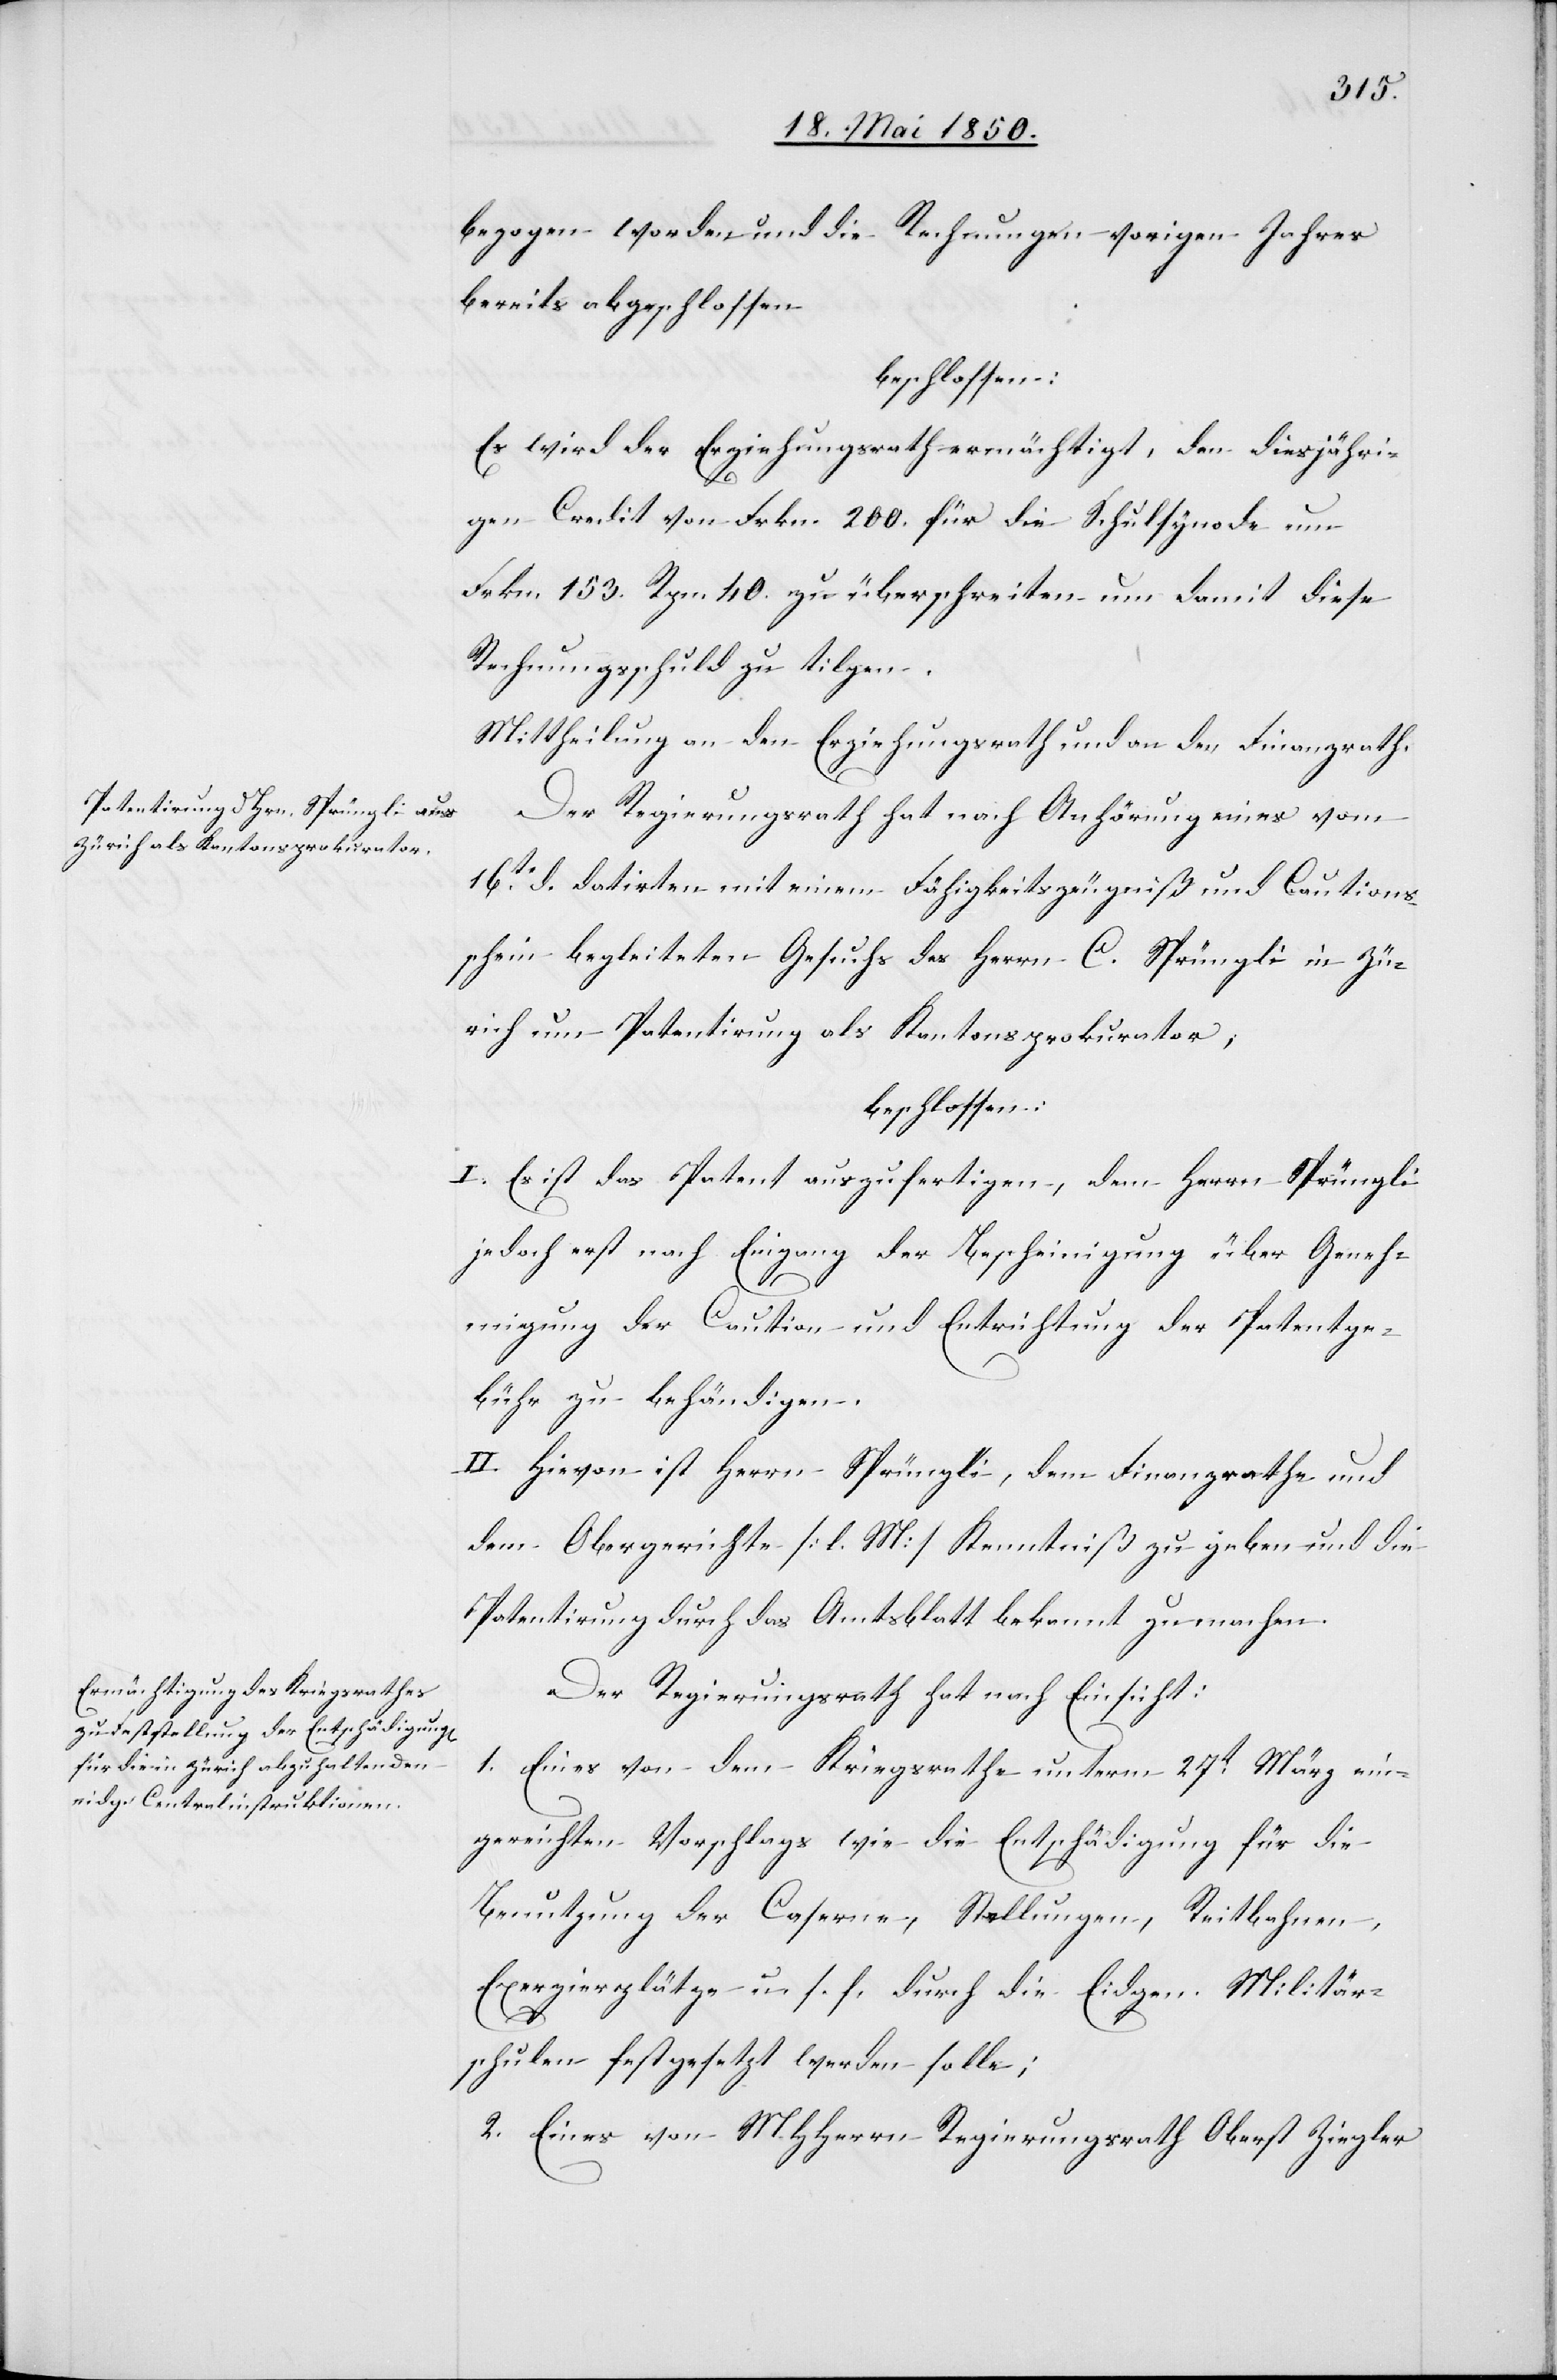
bezogen worden und die Rechnungen vorigen Jahres
bereits abgeschlossen
beschlossen:
Es wird der Erziehungsrath ermächtigt, den diesjähri¬
gen Credit von Frkn. 200. für die Schulsynode um
Frkn. 153. Rpn. 40. zu überschreiten um damit diese
Rechnungsschuld zu tilgen.
Mittheilung an den Erziehungsrath und an den Finanzrath.
Der Regierungsrath hat nach Anhörung eines vom
16t d. datirten mit einem Fähigkeitszeugniß und Cautions¬
schein begleiteten Gesuchs des Herrn C. Sprüngli in Zü¬
rich um Patentirung als Kantonsprokurator,
beschlossen:
I. Es ist das Patent auszufertigen, dem Herrn Sprüngli
jedoch erst nach Eingang der Bescheinigung über Geneh¬
migung der Caution und Entrichtung der Patentge¬
bühr zu behändigen.
II. Hievon ist Herrn Sprüngli, dem Finanzrathe und
dem Obergerichte [l. M] Kenntniß zu geben und die
Patentirung durch das Amtsblatt bekannt zu machen.
Der Regierungsrath hat nach Einsicht:
1. Eines von dem Kriegsrathe unterm 27t März ein¬
gereichten Vorschlags wie die Entschädigung für die
Benutzung der Caserne, Stellungen, Reitbahnen,
Exerzierplätze u. s. f. durch die Eidgen. Militär¬
schulen festgesetzt werden solle;
2. Eines von MHHerrn Regierungsrath Oberst Ziegler